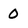
Character: O